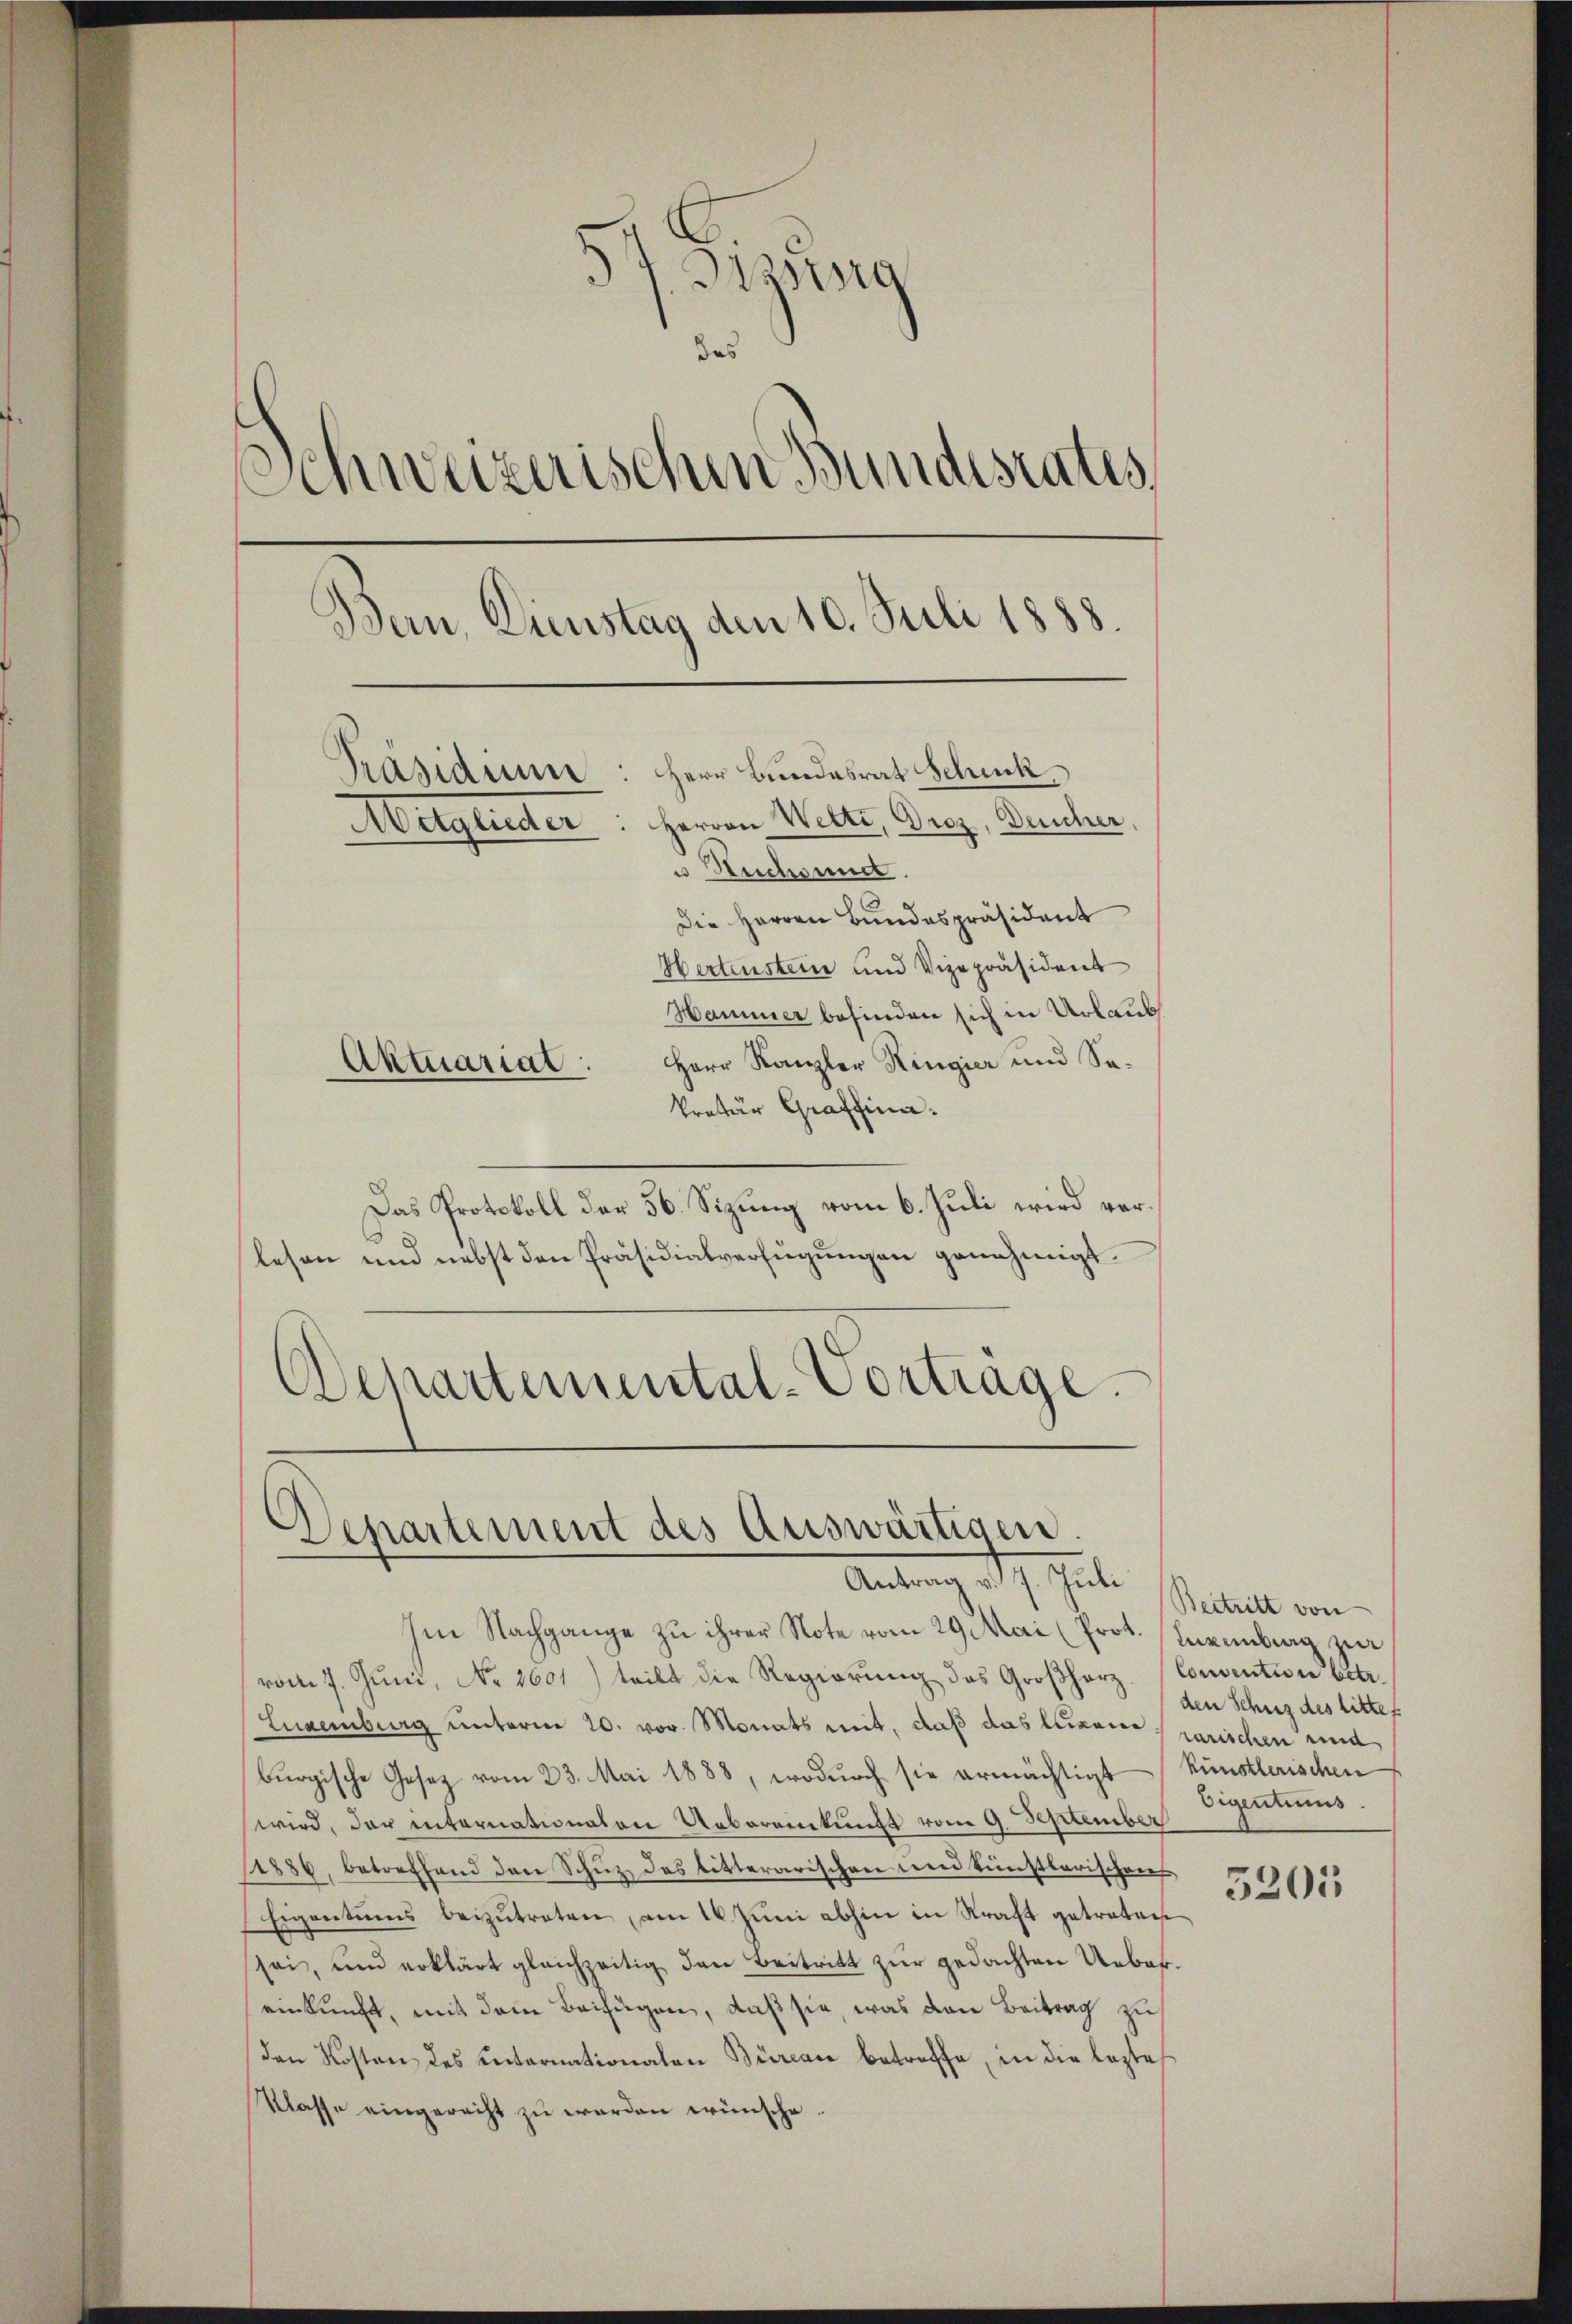
ng
das
Schweizerischen Bundestatis
Bern, Dienstag den 10. Juli 1888.
Herr Bundesrat Schick
Präsidiu
Aitglieder: Herren Wette, Droz, Deucher,
 Ruchsund.
Die Herren Bŭndespräsident
Hertenstein und Vizepräsident
Hammer befinden sich in Urlaub
Herr Kanzler Ringier und Sa¬
Aktuariat.
kretär Graffina.

Das Protokoll der 56. Sizung vom 6. Juli wird verlesen und nebst den Präsidialverfügungen genehmigt.
Departemental-Vortrage.

¬
Departement des Auswärtigen.
Antrag v. 7. Juli

Im Nachgange zu ihrer Note vom 29 Mai (Prot. Inventrag, zur
vom 7. Jŭni, No. 1601) teilt die Regierŭng des Großherz. Convention betr.
Luxenberg unterm 20. vor. Monats mit, daß das Luxen, parischen und
burgische Gesetz vom 23. Mai 1888, wodurch sie ermächtigt (Künstlerischen
wird, der internationalen Uebereinkunft vom 9. September
(1886, betreffend den Schŭz des bitterarischen und künstlerischen
Eigentums beizŭtreten, am 10. Jŭni abhin in Kraft getreten
sei, und erklärt gleichzeitig den Beitritt zur gedachten Uebereinkunft, mit dem Beifügen, daß sie, was den Beitrag zu
den Kosten des Internationalen Burcare betreffe, in die lezte
Klasse eingerecht zu werden wünsche.

Beitritt von
den Schuz des litte f
Eigentums.

5205